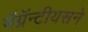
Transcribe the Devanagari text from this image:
मॅग्नॅन्टीयसने